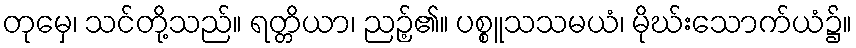
တုမှေ၊ သင်တို့သည်။ ရတ္တိယာ၊ ညဉ့်၏။ ပစ္စူသသမယံ၊ မိုဃ်းသောက်ယံ၌။